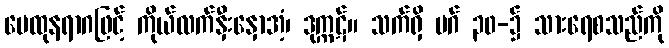
မေထုနရာဂဖြင့် ကိုယ်လက်နှီးနှောအံ့၊ ဒုက္ကဋ်။ သက်ရှိ မဂ် ၃၀-၌ သားရေစသည်ကို